system: You are a helpful assistant.
user:
Analyze the provided spectrum to determine if it is a **M-type Giant (gM)**.

A M-type Giant spectrum is defined by its **strong molecular absorption** features, particularly from **Titanium Oxide (TiO)**. You must check for one of the following mutually exclusive signatures:

- **Key Visual Indicators (Absorption-Dominated Spectrum):**

    - **(Primary):** The spectrum is dominated by strong molecular absorption from **Titanium Oxide (TiO)**. This is the **defining feature** of its M-type temperature class.
        - **(Key Bandheads):** Look for sharp, "saw-tooth" absorption valleys. The strongest are located near **~7050 Å**, **~6160 Å**, and **~5170 Å**.
        - **(Line Profile):** The "saw-tooth" morphology is critical: a **sharp, steep drop on the BLUE (short-wavelength) side** of the bandhead, followed by a gradual recovery (rising flux) towards the RED (long-wavelength) side.

    - **(Key Confirmation - Giant vs. Dwarf):** **ABSENCE** of strong **Calcium Hydride (CaH)** molecular bands. This is the primary diagnostic for *excluding* M-dwarfs.
        - **(Key Region):** The spectrum should lack the strong, broad absorption band seen in dwarfs between **~6800 Å and ~7000 Å**.

    - **(Secondary Confirmation - Giant):** A very strong and broad **Neutral Calcium (Ca I)** atomic absorption line.
        - **(Key Line):** Located at **~4226 Å**. In a giant (gM), this line is significantly deeper and broader than the same line in an M-dwarf (dM) due to low surface gravity.

    - **(Overall Spectrum):**
        - The continuum is **extremely red-sloping** (i.e., flux is very low in the blue and rises dramatically towards the red).
        - The entire spectrum appears "chopped up" by the deep TiO bands.

Think first, call **spectral_visualization_tool** if needed to examine features in detail, then provide your final answer. Your response must adhere to the following strict rules:
1.  **Overall Structure:** Your response must follow the format `<think>...</think> <tool_call>...</tool_call> (if a tool is used) <answer>...</answer>`.
2.  **Tool Usage Constraint:** You may only make **one** tool call per turn.
3.  **Final Answer Format:** In the `<answer>` tag, your conclusion must be inside a `\boxed{}` command (e.g., `\boxed{YES}` or `\boxed{NO}`), followed by your justification.

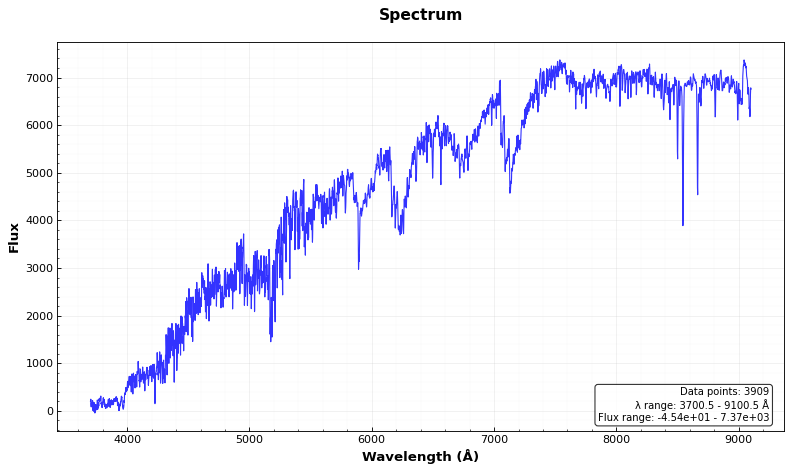
Answer: YES